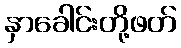
နှာခေါင်းတို့ဖတ်